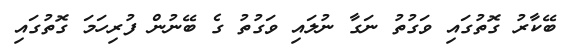
ބޭކާރު ގޮތުގައި ވަގުތު ނަގާ ނުލައި ވަގުތު ގެ ބޭނުން ފުރިހަމަ ގޮތުގައި